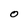
Character: O